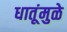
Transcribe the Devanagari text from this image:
धातूंमुळे